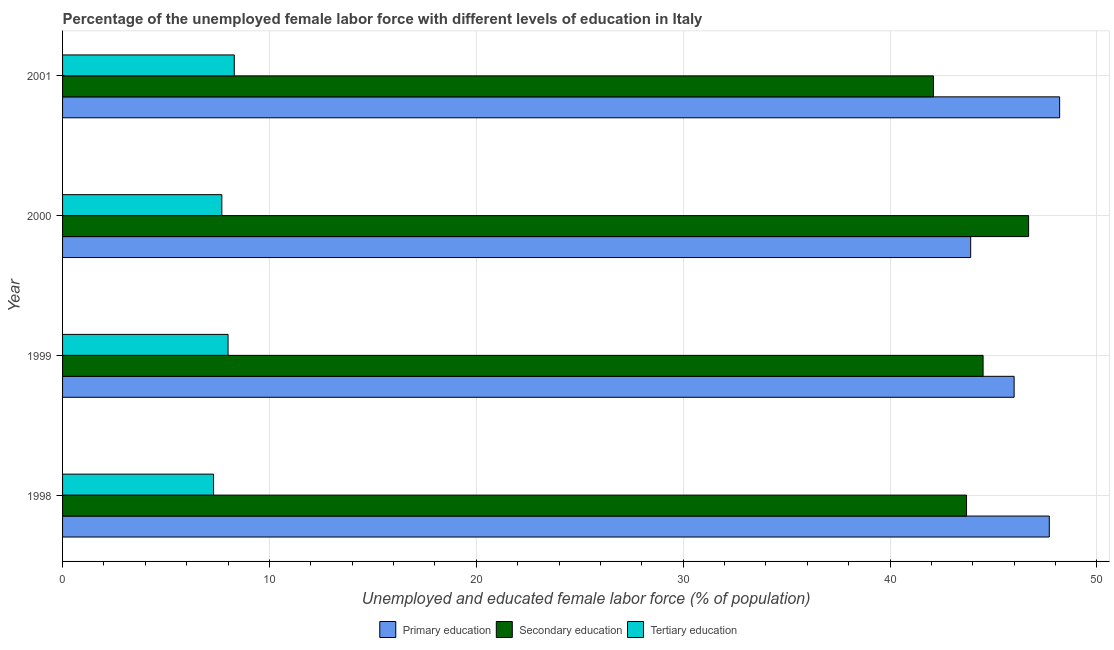
| Year | Primary education | Secondary education | Tertiary education |
 | --- | --- | --- | --- |
 | 1998 | 47.7 | 43.7 | 7.3 |
 | 1999 | 46 | 44.5 | 8 |
 | 2000 | 43.9 | 46.7 | 7.7 |
 | 2001 | 48.2 | 42.1 | 8.3 |